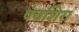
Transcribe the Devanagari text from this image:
पंचशिरा